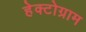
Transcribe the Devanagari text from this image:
हेक्टोग्राम